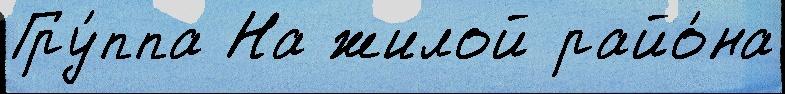
Гру́ппа На жилой райо́на